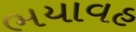
ભયાવહ